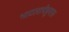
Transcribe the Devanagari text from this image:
भाटलापेन्नुमारू